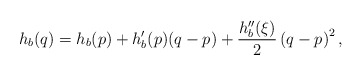
\begin{align*}h_{b}(q)=h_{b}(p)+h_{b}'(p)(q-p)+\frac{h_{b}''(\xi)}{2}\left(q-p\right)^{2},\end{align*}